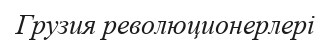
Грузия революционерлері